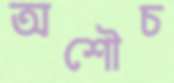
অশৌচ